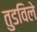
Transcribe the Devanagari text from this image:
तुडविले